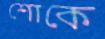
শোকে